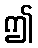
ဤ